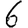
Digit: 6